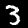
Label: 3